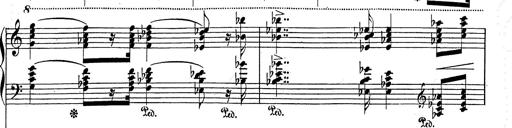
Title: Festvorspiel
Composer: Franz Liszt